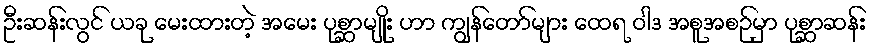
ဦးဆန်းလွင် ယခု မေးထားတဲ့ အမေး ပုစ္ဆာမျိုး ဟာ ကျွန်တော်များ ထေရ ဝါဒ အစူအစဉ်မှာ ပုစ္ဆာဆန်း